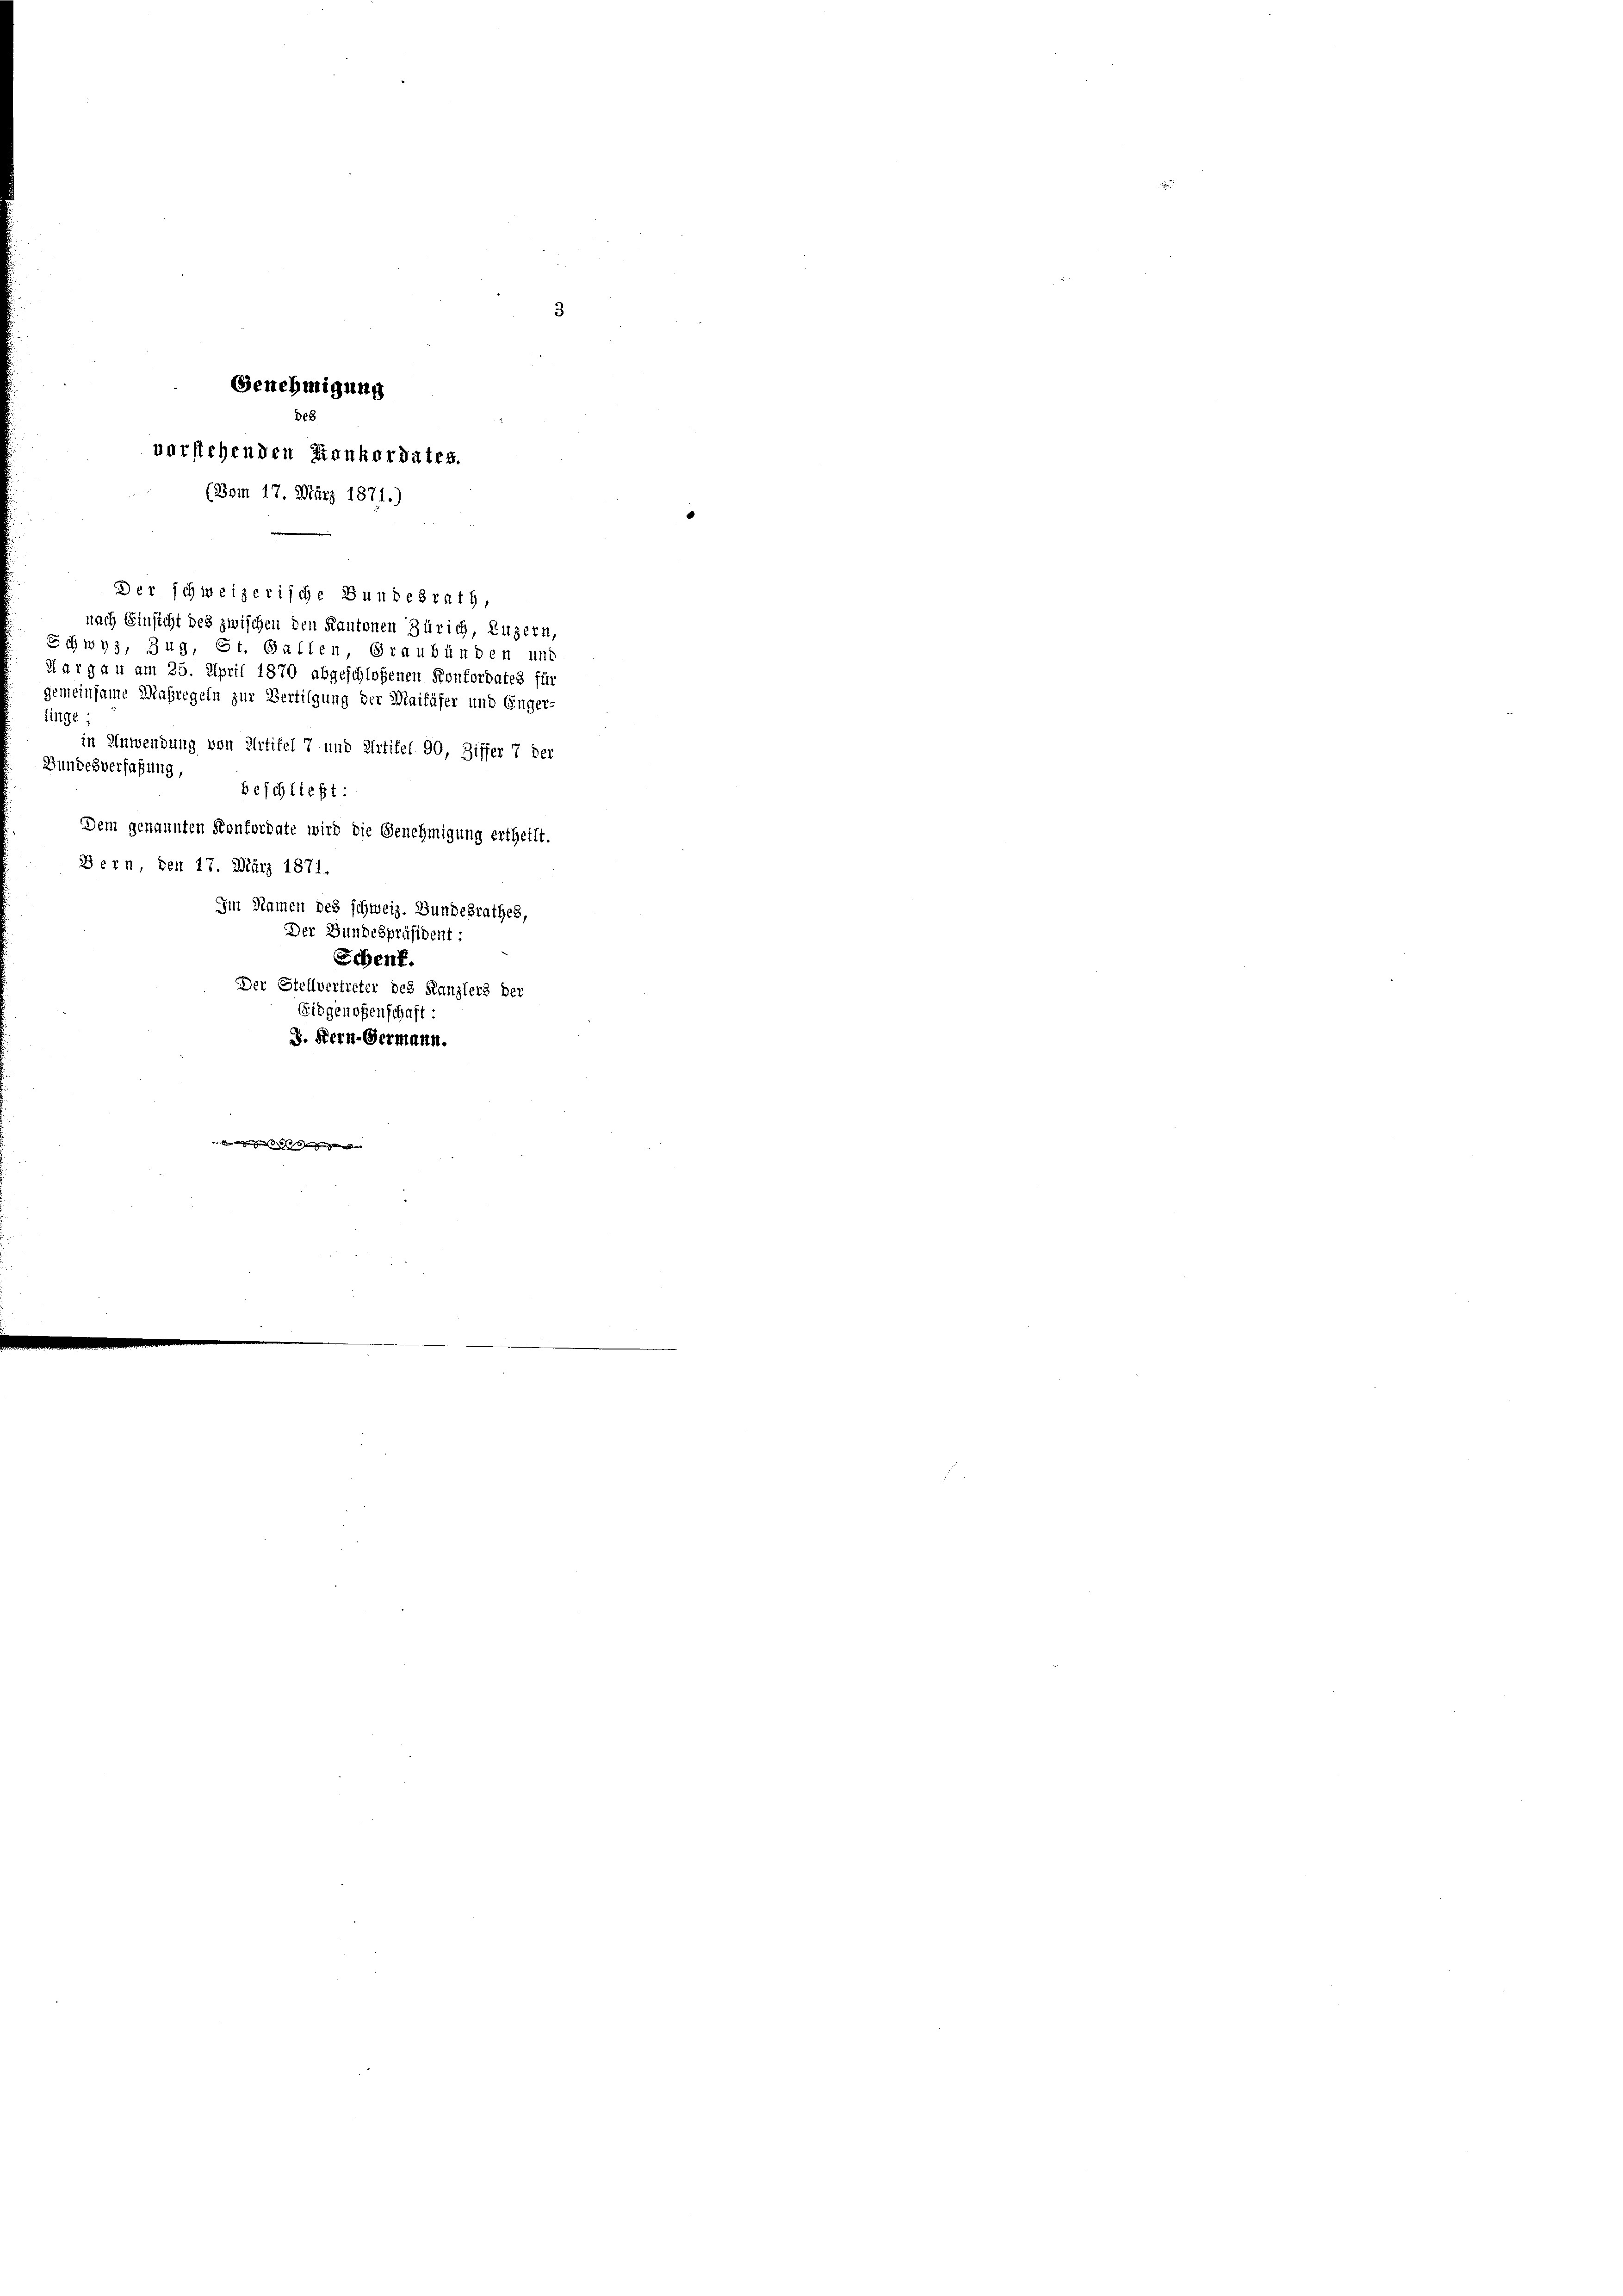
Genehmigung
De8
vorstehenden Konkordates.
(Bom 17. März 1871.)

Der schweizerische Bundesrath,
nach Einsicht des zwischen den Kantonen Zürich, Luzern,
Schwyz, Zug, St. Gallen, Graubünden und
Aargau am 25. April 1870 abgeschloßenen Konfordates für
gemeinsame Maßregeln zur Bertilgung der Maikäfer und Enger-
in Anwendung von Artikel 7 und Artikel 90, Ziffer 7 der
beschließt:
Dem genannten Konfordate wird die Genehmigung ertheilt.
Bern, den 17. März 1871.

tinge
Bundesverfaßung,
Im Namen des schweiz. Bundesrathes,
Der Bundespräsident:
Schenk.
Der Stellvertreter des Kanzlers der
Eidgenoßenschaft

J. Fern-Germann.
a der vergischen der den ange